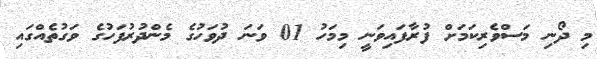
މި ދޯނި މަސްވެރިކަމަށް ފުރާފައިވަނީ މިމަހު 01 ވަނަ ދުވަހުގެ މެންދުރުފަހުގެ ވަގުތެއްގައި